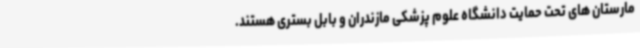
مارستان های تحت حمایت دانشگاه علوم پزشکی مازندران و بابل بستری هستند.